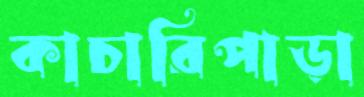
কাচারিপাড়া